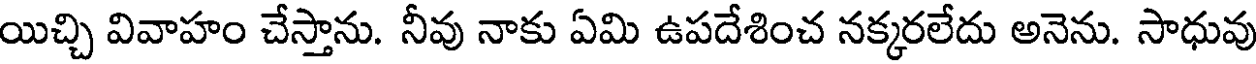
యిచ్చి వివాహం చేస్తాను. నీవు నాకు ఏమి ఉపదేశించ నక్కరలేదు అనెను. సాధువు